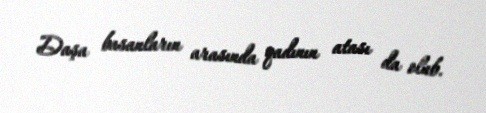
Daşa basanların arasında qadının atası da olub.